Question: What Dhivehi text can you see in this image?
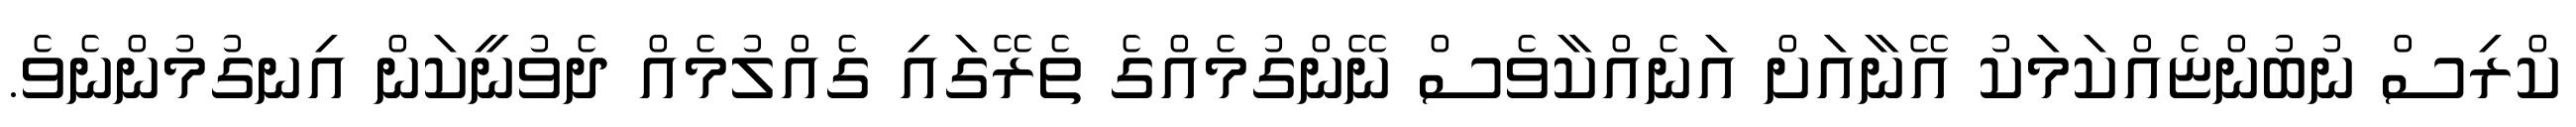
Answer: ކްރިސް ނުބުންޏެއްކަމަކު އޭނާއަށް އަނެއްކާވެސް ނޭންގުމެއްގެ ތެރޭގައި ގެއްލުމެއް ދެވުނީކަން އިނގުމުންނެވެ.